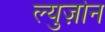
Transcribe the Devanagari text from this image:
ल्युज़ोन